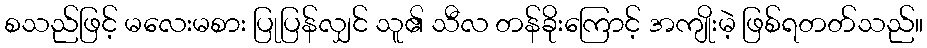
စသည်ဖြင့် မလေးမစား ပြုပြန်လျှင် သူ၏ သီလ တန်ခိုးကြောင့် အကျိုးမဲ့ ဖြစ်ရတတ်သည်။